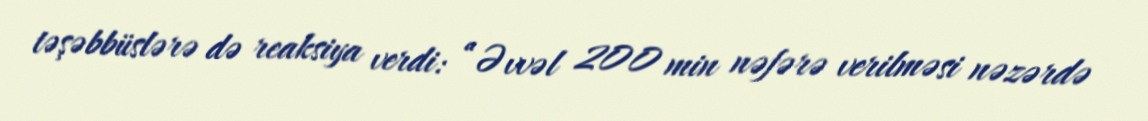
təşəbbüslərə də reaksiya verdi: “Əvvəl 200 min nəfərə verilməsi nəzərdə